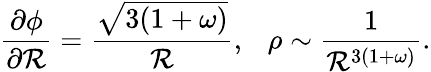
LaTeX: \frac{\partial\phi}{\partial{\cal R}}=\frac{\sqrt{3(1+\omega)}}{{\cal R}},~~~\rho\sim\frac{1}{{\cal R}^{3(1+\omega)}}.